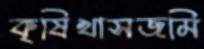
কৃষিখাসজমি